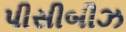
પીસીબીઝ